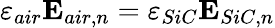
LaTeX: \varepsilon_{air}\mathbf{E}_{air,n}=\varepsilon_{SiC}\mathbf{E}_{SiC,n}